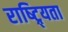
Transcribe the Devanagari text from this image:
राष्ट्र्यिता